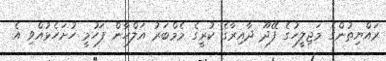
ރައްޔިތުންގެ މަޖިލީހުގެ ފޭދޫ ދާއިރާގެ ކުރީގެ މެމްބަރު އަލްހާން ފަހުމީ ހުށަހެޅުއްވި އެ